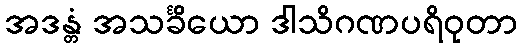
အဒန္တံ အသင်္ခိယော ဒါသိဂဏပရိဝုတာ